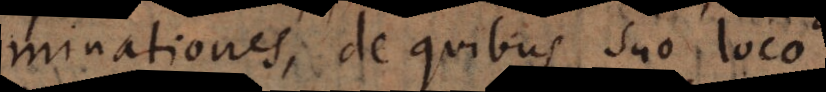
determinationes, de quibus suo loco